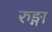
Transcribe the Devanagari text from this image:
रुङ्गा